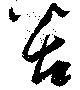
苦